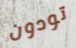
تودون